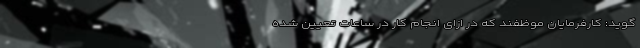
‌گوید: کارفرمایان موظفند که در ازای انجام کار در ساعات تعیین شده